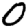
Digit: 0